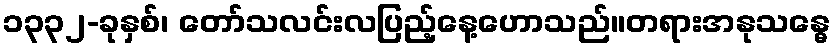
၁၃၃၂-ခုနှစ်၊ တော်သလင်းလပြည့်နေ့ဟောသည်။တရားအနုသန္ဓေ